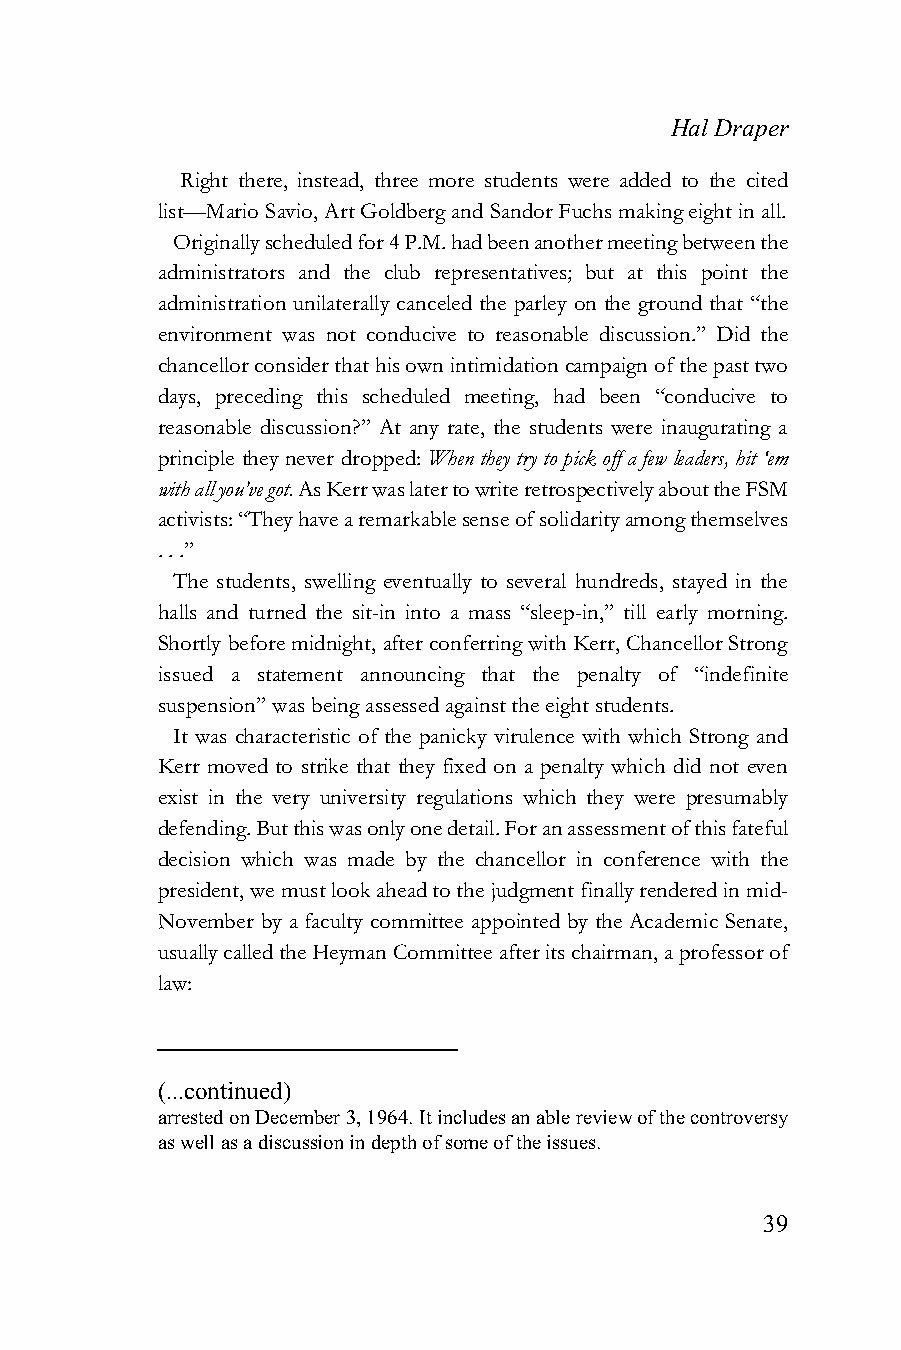
Hal Draper
 Right there, instead, three more students were added to the cited
 list—Mario Savio, Art Goldberg and Sandor Fuchs making eight in all.
 Originally scheduled for 4 P.M. had been another meeting between the
 administrators and the club representatives; but at this point the
 administration unilaterally canceled the parley on the ground that “the
 environment was not conducive to reasonable discussion.” Did the
 chancellor consider that his own intimidation campaign of the past two
 days, preceding this scheduled meeting, had been “conducive to
 reasonable discussion?” At any rate, the students were inaugurating a
 principle they never dropped: When they try to pick off a few leaders, hit ‘em
 with all you’ve got. As Kerr was later to write retrospectively about the FSM
 activists: “They have a remarkable sense of solidarity among themselves
 . . .”
 The students, swelling eventually to several hundreds, stayed in the
 halls and turned the sit-in into a mass “sleep-in,” till early morning.
 Shortly before midnight, after conferring with Kerr, Chancellor Strong
 issued a statement announcing that the penalty of “indefinite
 suspension” was being assessed against the eight students.
 It was characteristic of the panicky virulence with which Strong and
 Kerr moved to strike that they fixed on a penalty which did not even
 exist in the very university regulations which they were presumably
 defending. But this was only one detail. For an assessment of this fateful
 decision which was made by the chancellor in conference with the
 president, we must look ahead to the judgment finally rendered in mid-
 November by a faculty committee appointed by the Academic Senate,
 usually called the Heyman Committee after its chairman, a professor of
 law:
 (...continued)
 arrested on December 3, 1964. It includes an able review of the controversy
 as well as a discussion in depth of some of the issues.
 39